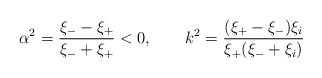
\begin{align*} \alpha^2=\frac{\xi_--\xi_+}{\xi_-+\xi_+}<0, \qquad k^2=\frac{(\xi_+-\xi_-)\xi_i}{\xi_+(\xi_-+\xi_i)}\end{align*}